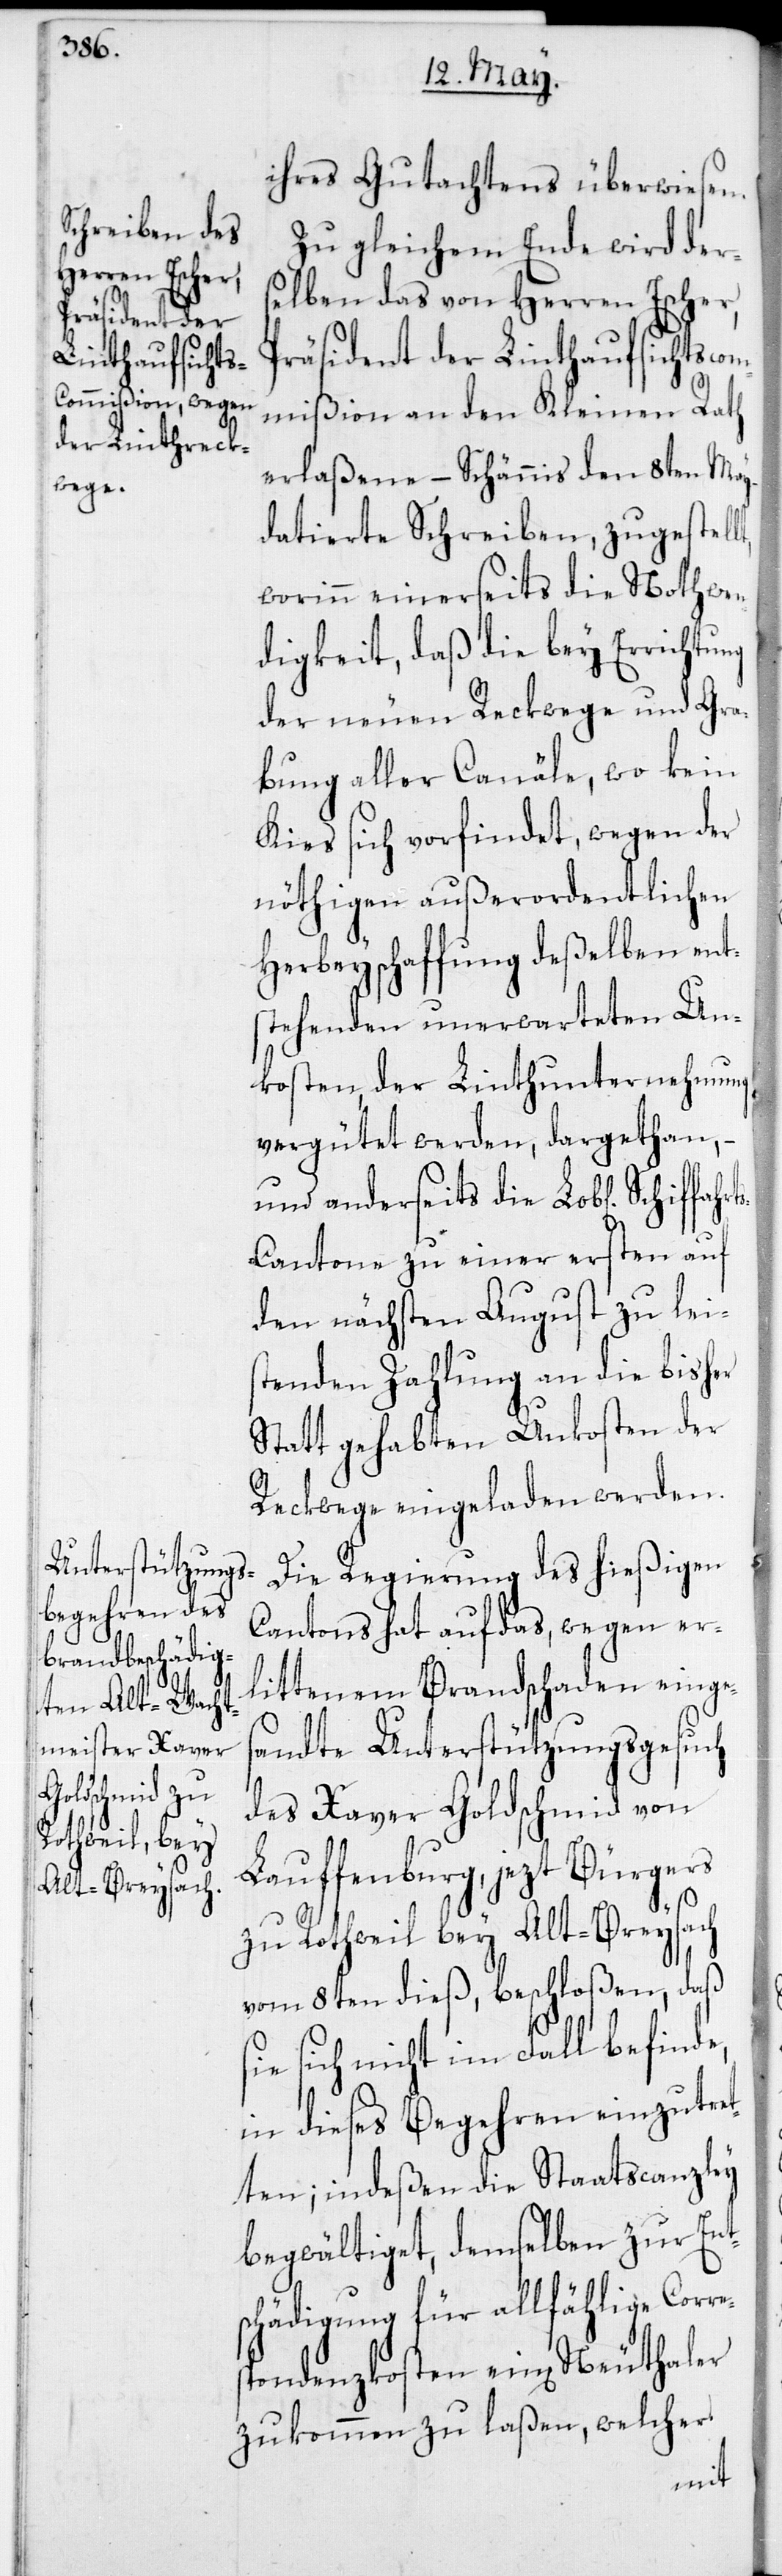
re¬
hiffahrts-C¬
Rothweil bey
Alt-Breysach,

ihres Gutachtens überwiesen.
Zu gleichem Ende wird der¬
selben das von Herren Escher,
Präsident der Linthaufsichtscom¬
mißion an den Kleinen Rath
erlaßene – Schännis den 8ten May
datierte Schreiben, zugestel¬
worinn einerseits die Nothwen¬
digkeit, daß die bey Errichtung
der neuen Reckwege und Gra¬
bung aller Canäle, wo kein
Kies sich vorfindet, wegen der
nöthigen außerordentlichen
Herbeyschaffung deßelben ent¬
stehenden unerwarteten Un¬
kosten, der Linthunternehmung
vergütet werden, dargethan,
und anderseits die Lob[lichen] Sc¬
antone zu einer ersten auf
den nächsten August zu lei¬
stenden Zahlung an die bisher
stattgehabten Unkosten der
Reckwege eingeladen werden.
Die Regierung des hießigen
Cantons hat auf das, wegen er¬
littenem Brandschaden einges¬
andte Unterstützungsgesuch
des Xaver Goldschmid von
Lauffenburg, jezt Bürgers
vom 8ten dieß, beschloßen, daß
sich nicht im Fall befinde,
in dieses Begehren einzutret¬
ten; indeßen die Staatscanzley
begwältiget, demselben zur Ent¬
schädigung für allfählige Cor¬
spondenzkosten ein[en] Neuthaler
zukommen zu laßen, welcher
lt,